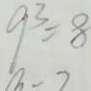
9 ^ { 3 } = 8